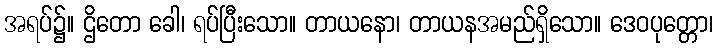
အရပ်၌။ ဌိတော ခေါ၊ ရပ်ပြီးသော။ တာယနော၊ တာယနအမည်ရှိသော။ ဒေဝပုတ္တော၊